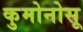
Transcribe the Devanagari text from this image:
कुमोनोसू